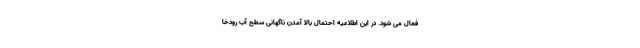
فعال می شود. در این اطلاعیه احتمال بالا آمدن ناگهانی سطح آب رودخا